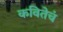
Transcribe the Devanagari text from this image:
कवितेचं